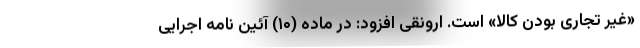
«غیر تجاری بودن کالا» است. ارونقی افزود: در ماده (۱۰) آئین نامه اجرایی